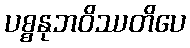
ပစ္စနုဘဝိဿတိပေ